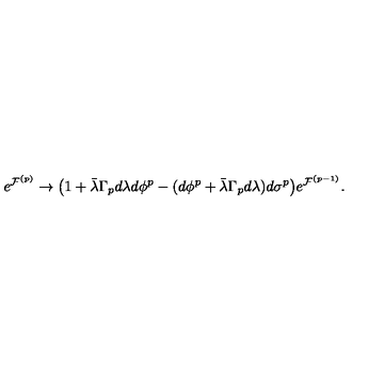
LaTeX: e ^ { { \cal F } ^ { ( p ) } } \rightarrow \big ( 1 + \bar { \lambda } \Gamma _ { p } d \lambda d \phi ^ { p } - ( d \phi ^ { p } + \bar { \lambda } \Gamma _ { p } d \lambda ) d \sigma ^ { p } \big ) e ^ { { \cal F } ^ { ( p - 1 ) } } .